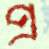
প্র